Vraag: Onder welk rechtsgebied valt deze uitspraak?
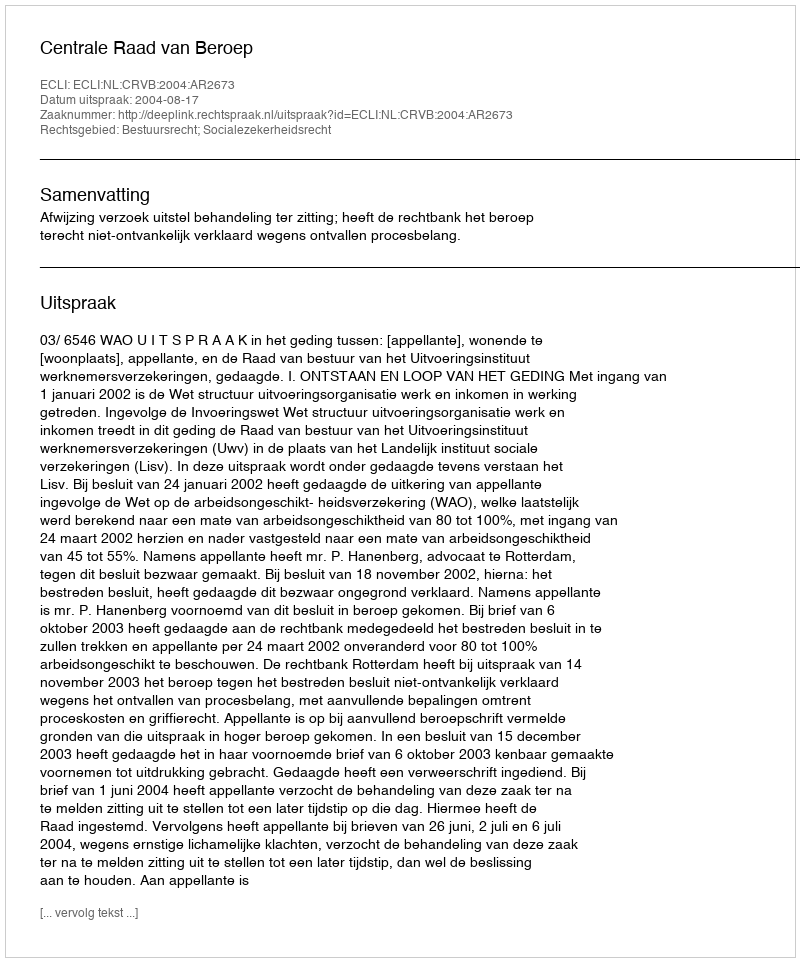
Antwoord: Bestuursrecht; Socialezekerheidsrecht